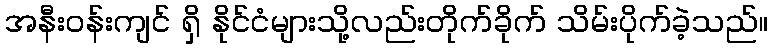
အနီးဝန်းကျင် ရှိ နိုင်ငံများသို့လည်းတိုက်ခိုက် သိမ်းပိုက်ခဲ့သည်။